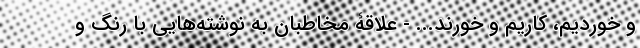
و خوردیم، کاریم و خورند... - علاقۀ مخاطبان به نوشته‌هایی با رنگ و